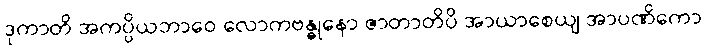
ဒုကာတိ အကပ္ပိယဘာဝေ လောကဗန္ဓုနော ဇာတာတိပိ အာယာစေယျ အာပဏိကော